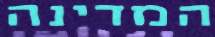
המדינה